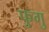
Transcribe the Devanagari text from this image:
फुगु